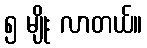
၅ မျိုး လာတယ်။